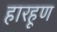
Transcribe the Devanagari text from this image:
हारहूण